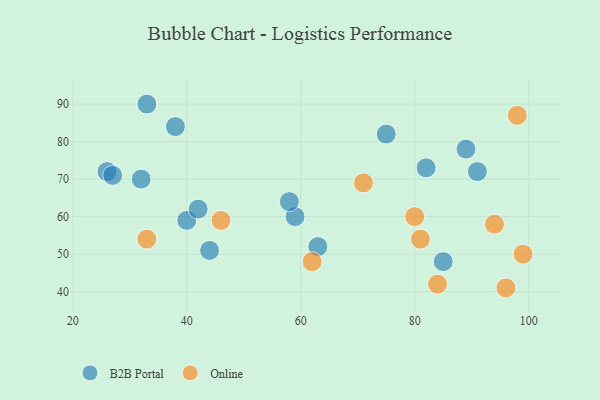
{"axis": {"x": "GDP", "y": "Life Expectancy"}, "legend": ["B2B Portal", "Online"], "data": [{"x": "91", "y": 72, "type": "B2B Portal"}, {"x": "59", "y": 60, "type": "B2B Portal"}, {"x": "40", "y": 59, "type": "B2B Portal"}, {"x": "85", "y": 48, "type": "B2B Portal"}, {"x": "58", "y": 64, "type": "B2B Portal"}, {"x": "44", "y": 51, "type": "B2B Portal"}, {"x": "89", "y": 78, "type": "B2B Portal"}, {"x": "42", "y": 62, "type": "B2B Portal"}, {"x": "26", "y": 72, "type": "B2B Portal"}, {"x": "33", "y": 90, "type": "B2B Portal"}, {"x": "75", "y": 82, "type": "B2B Portal"}, {"x": "27", "y": 71, "type": "B2B Portal"}, {"x": "38", "y": 84, "type": "B2B Portal"}, {"x": "32", "y": 70, "type": "B2B Portal"}, {"x": "82", "y": 73, "type": "B2B Portal"}, {"x": "63", "y": 52, "type": "B2B Portal"}, {"x": "98", "y": 87, "type": "Online"}, {"x": "71", "y": 69, "type": "Online"}, {"x": "94", "y": 58, "type": "Online"}, {"x": "80", "y": 60, "type": "Online"}, {"x": "96", "y": 41, "type": "Online"}, {"x": "99", "y": 50, "type": "Online"}, {"x": "81", "y": 54, "type": "Online"}, {"x": "84", "y": 42, "type": "Online"}, {"x": "46", "y": 59, "type": "Online"}, {"x": "62", "y": 48, "type": "Online"}, {"x": "33", "y": 54, "type": "Online"}]}